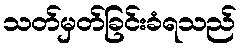
သတ်မှတ်ခြင်းခံရသည်